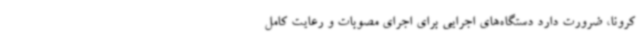
کرونا، ضرورت دارد دستگاه‌های اجرایی برای اجرای مصوبات و رعایت کامل